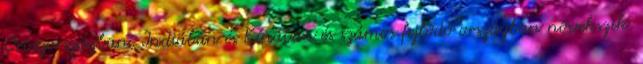
Oroszországban, Indiában és Kínában és számos fejlődő országban növekszik.